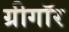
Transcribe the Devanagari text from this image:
ग्रीगॉर